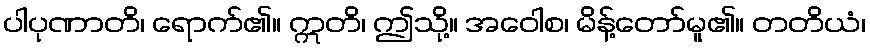
ပါပုဏာတိ၊ ရောက်၏။ ဣတိ၊ ဤသို့။ အဝေါစ၊ မိန့်တော်မူ၏။ တတိယံ၊